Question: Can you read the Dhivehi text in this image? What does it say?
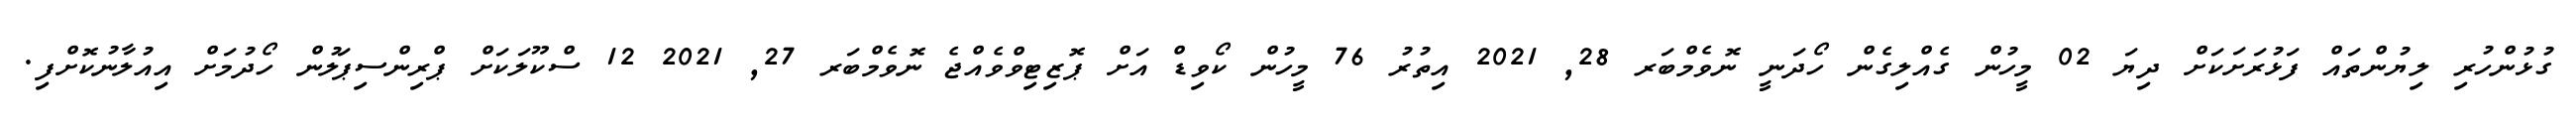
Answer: ގުޅުންހުރި ލިޔުންތައް ފަޅުރަށަކަށް ދިޔަ 02 މީހުން ގެއްލިގެން ހޯދަނީ ނޮވެމްބަރ 28, 2021 އިތުރު 76 މީހުން ކޯވިޑް އަށް ޕޮޒިޓިވްވެއްޖެ ނޮވެމްބަރ 27, 2021 12 ސްކޫލަކަށް ޕްރިންސިޕަލުން ހޯދުމަށް އިއުލާނުކޮށްފި.